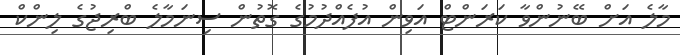
މާލެ އަށް ބޭނުންވާ ކަރަންޓް އަވިން އުފެއްދުމުގެ ގޮތުން ސިނަމާލެ ބްރިޖުގެ ލިންކް